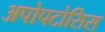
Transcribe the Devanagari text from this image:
अपोपटोसिस